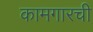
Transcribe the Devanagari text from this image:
कामगारची